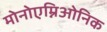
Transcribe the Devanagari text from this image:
मोनोएम्निओनिक